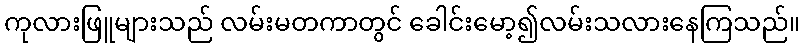
ကုလားဖြူများသည် လမ်းမတကာတွင် ခေါင်းမော့၍လမ်းသလားနေကြသည်။